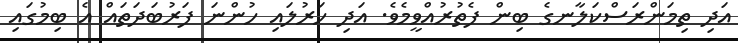
އަދި ތިމަންރަސްކަލާނގެ ބިން ފެތުރުއްވީމެވެ. އަދި ހަރުލައި ހުންނަ ފަރުބަދަތައް އެ ބިމުގައި